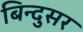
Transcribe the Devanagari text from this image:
बिन्दुसर